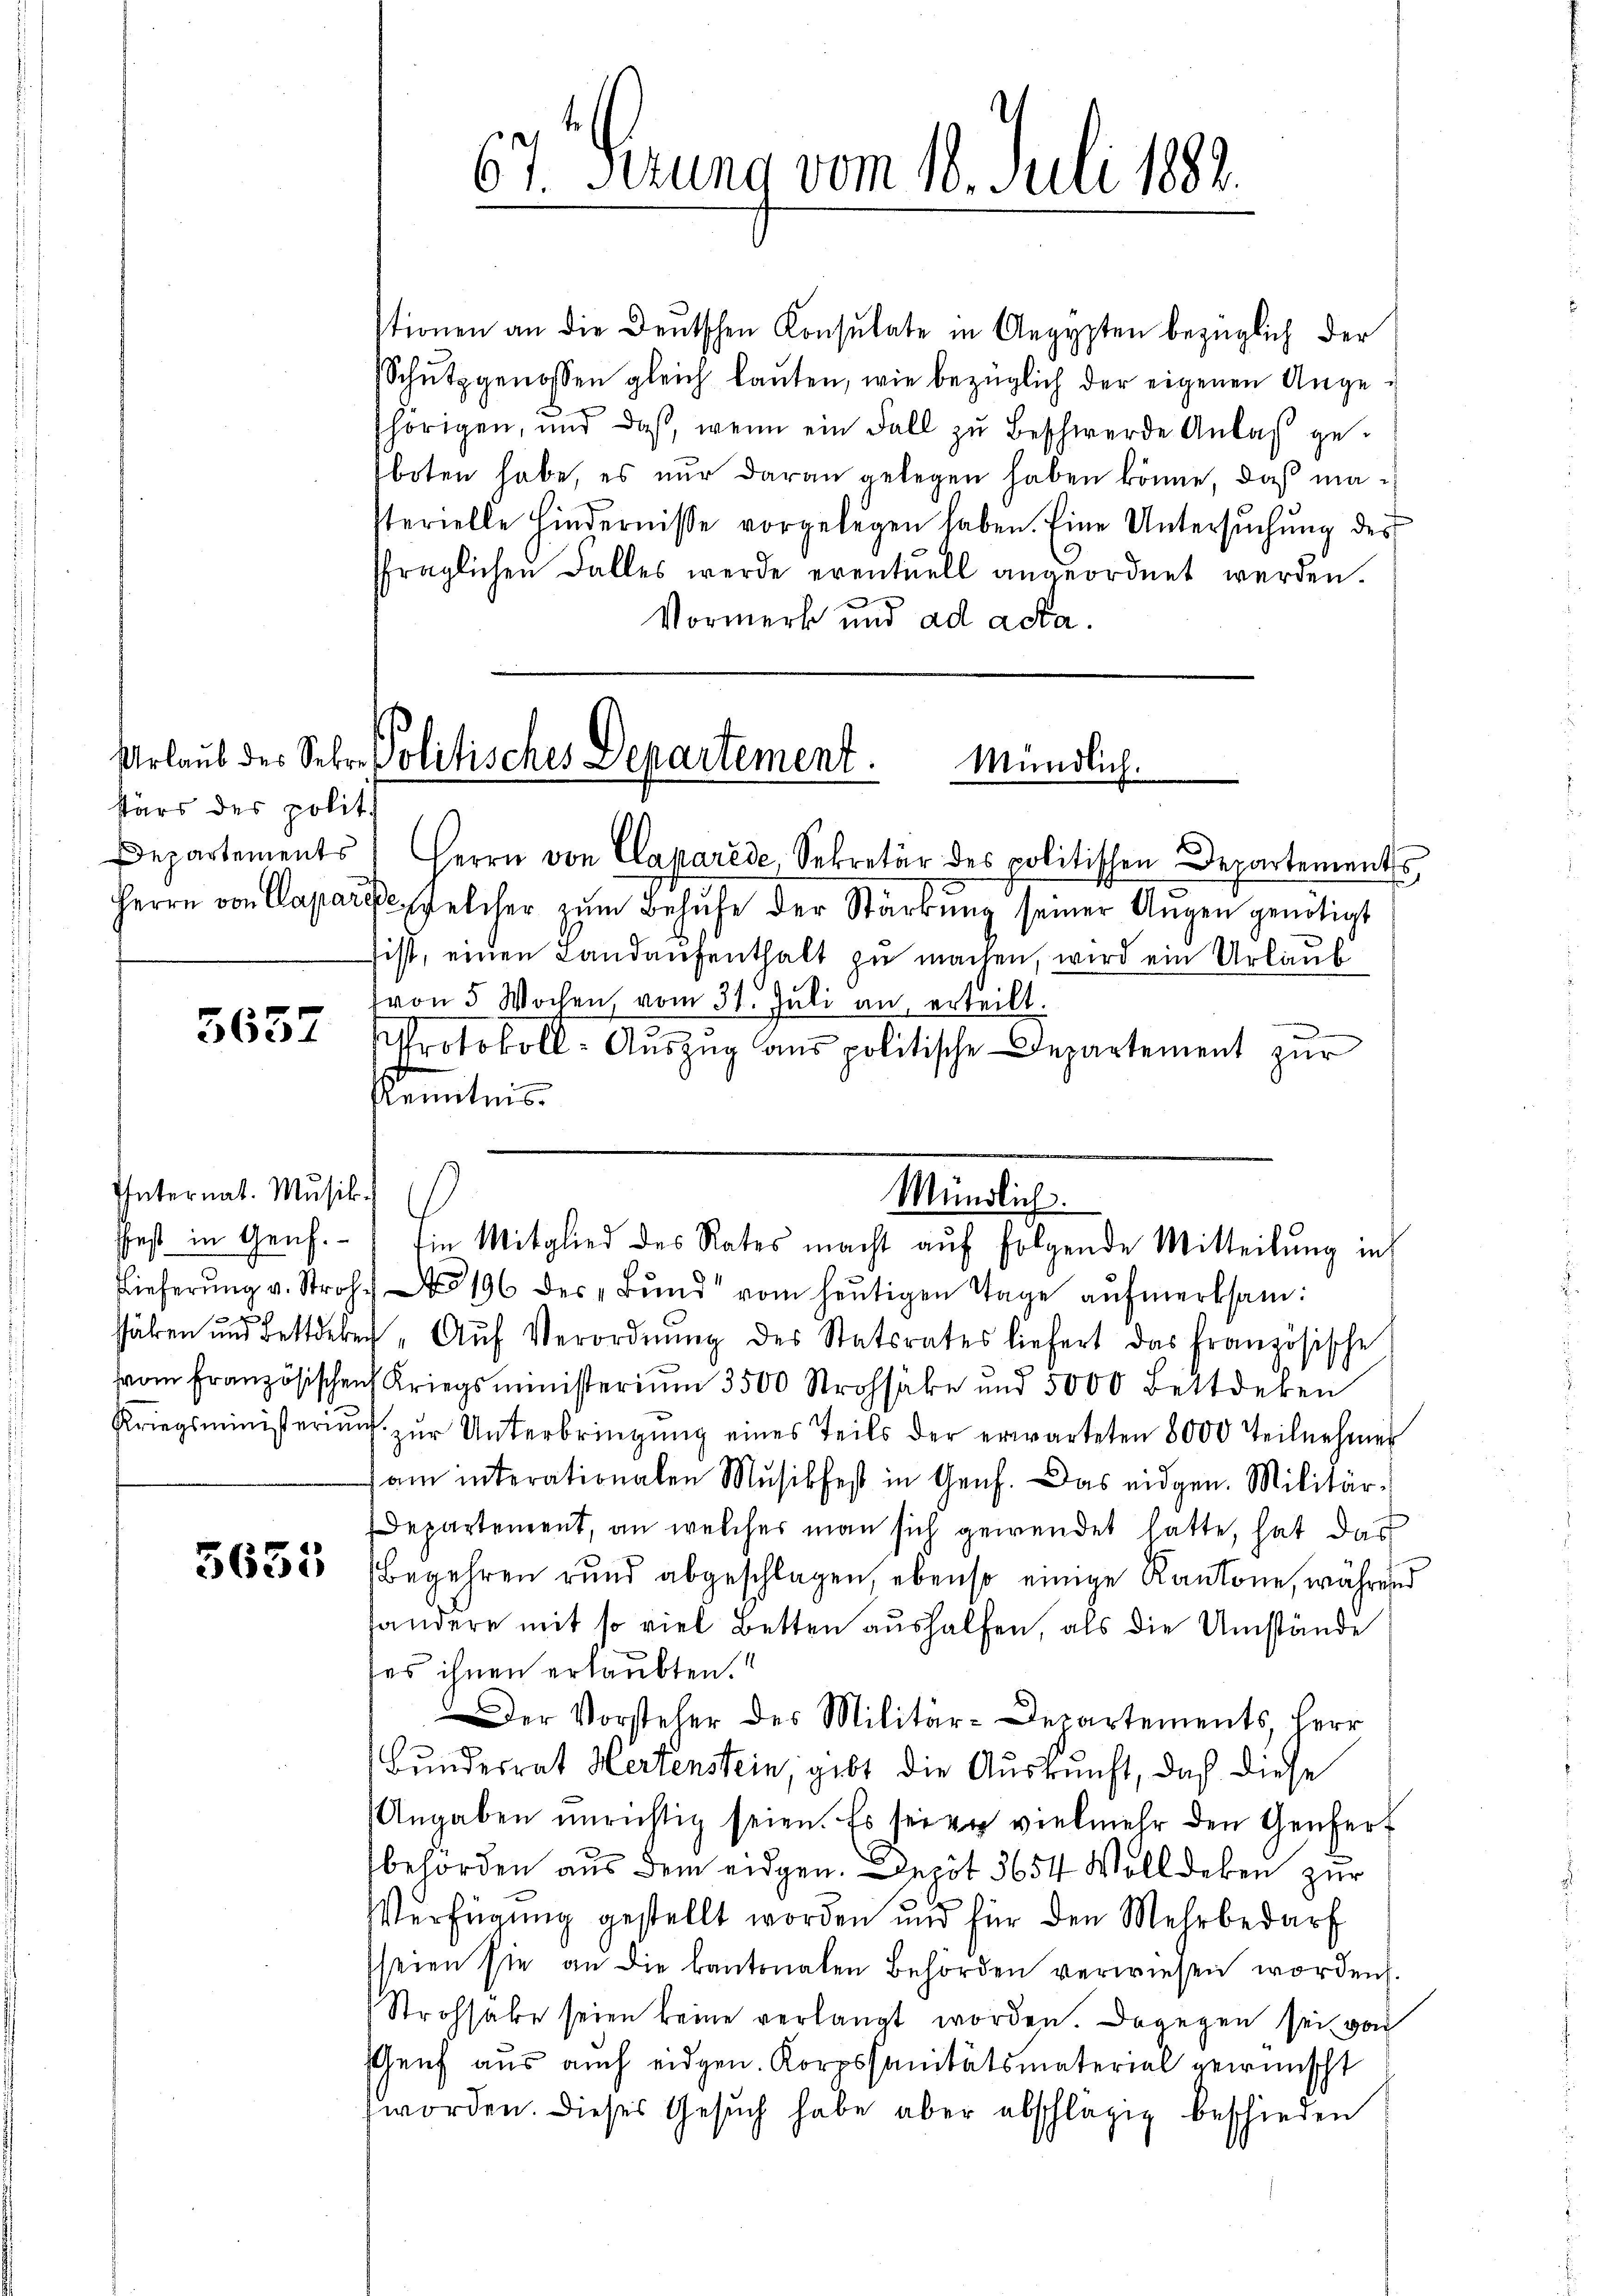
stärs des politi

5637

Internat. Musik.
sfest in Genf.
x

5655

67. Ferung vom 18. Juli 182

stionen an die Deutschen Konsulate in Aegypten bezüglich der
Schŭtzgenossen gleich lauten, wie bezüglich der eigenen Angeshörigen, und daß, wenn ein Fall zŭ beschwerde Anlaβ ge-
boten habe, es nur daran gelegen haben könne, daß masterielle Hindernisse vorgelegen haben. Eine Untersŭchŭng des
ffraglichen Falles werde eventuell angeordnet werden.
Vormerk und ad acta.

Urlaub des Sehr Politisches Departement.
Mündlich.

Departements, Herrn von Clararede, Sekretär des politischen Departements
Herrn von Caparie, welcher zŭm Behufe der Stärkung seiner Augen genötigt
sist, einen Landaufenthalt zu machen, wird ein Urlaub
von 5 Wochen, vom 31. Juli an, erteilt.
Protokoll- Aŭszŭg ans politische Departement zur
Kenntnis.
Lieferŭng v. Stroh. 196 des „Bund“ vom heŭtigen Tage aŭfmerksam:
fähren und Bettdeber "Aŭf Verordnŭng des Statsrates liefert das französische
vom Französischen Kriegsministerium 3500 Strohsake und 5000 Bettdeken
Kriegsministeriŭm zŭr Unterbringŭng eines Teils der erwarteten 8000 Teilnehmer
am interationalen Musikfes in Genf. Das eidgen. Militär-
Departement, an welches man sich gewendet hatte, hat das
Begehren rund abgeschlagen, ebenso einige Kantone, während
handere mit so viel Betten aushelfen, als die Umstände
es ihnen erlaubten.
Der Vorsteher des Militär-Departements, Herr
Bundesrat Hertenstein, gibt die Auskunft, daß diese
Angaben unrichtig seien. Es sei er vielmehr den Genfert
behörden aus dem eidgen. Depot 3654 Voll deken zur
Verfügung gestellt worden und für den Mehrbedarf
seien sie an die kantonalen Behörden verwiesen worden.
Strohhabe seien keine verlangt worden. Dagegen sei von
Genf aus auch eidgen. Korpssanitätsmaterial gewünscht
worden. Dieses Gesŭch habe aber abschlägig beschieden

Mündlich.
Ein Mitglied des Rates macht auf folgende Mitteilung in